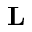
\mathbf L